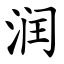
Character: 润